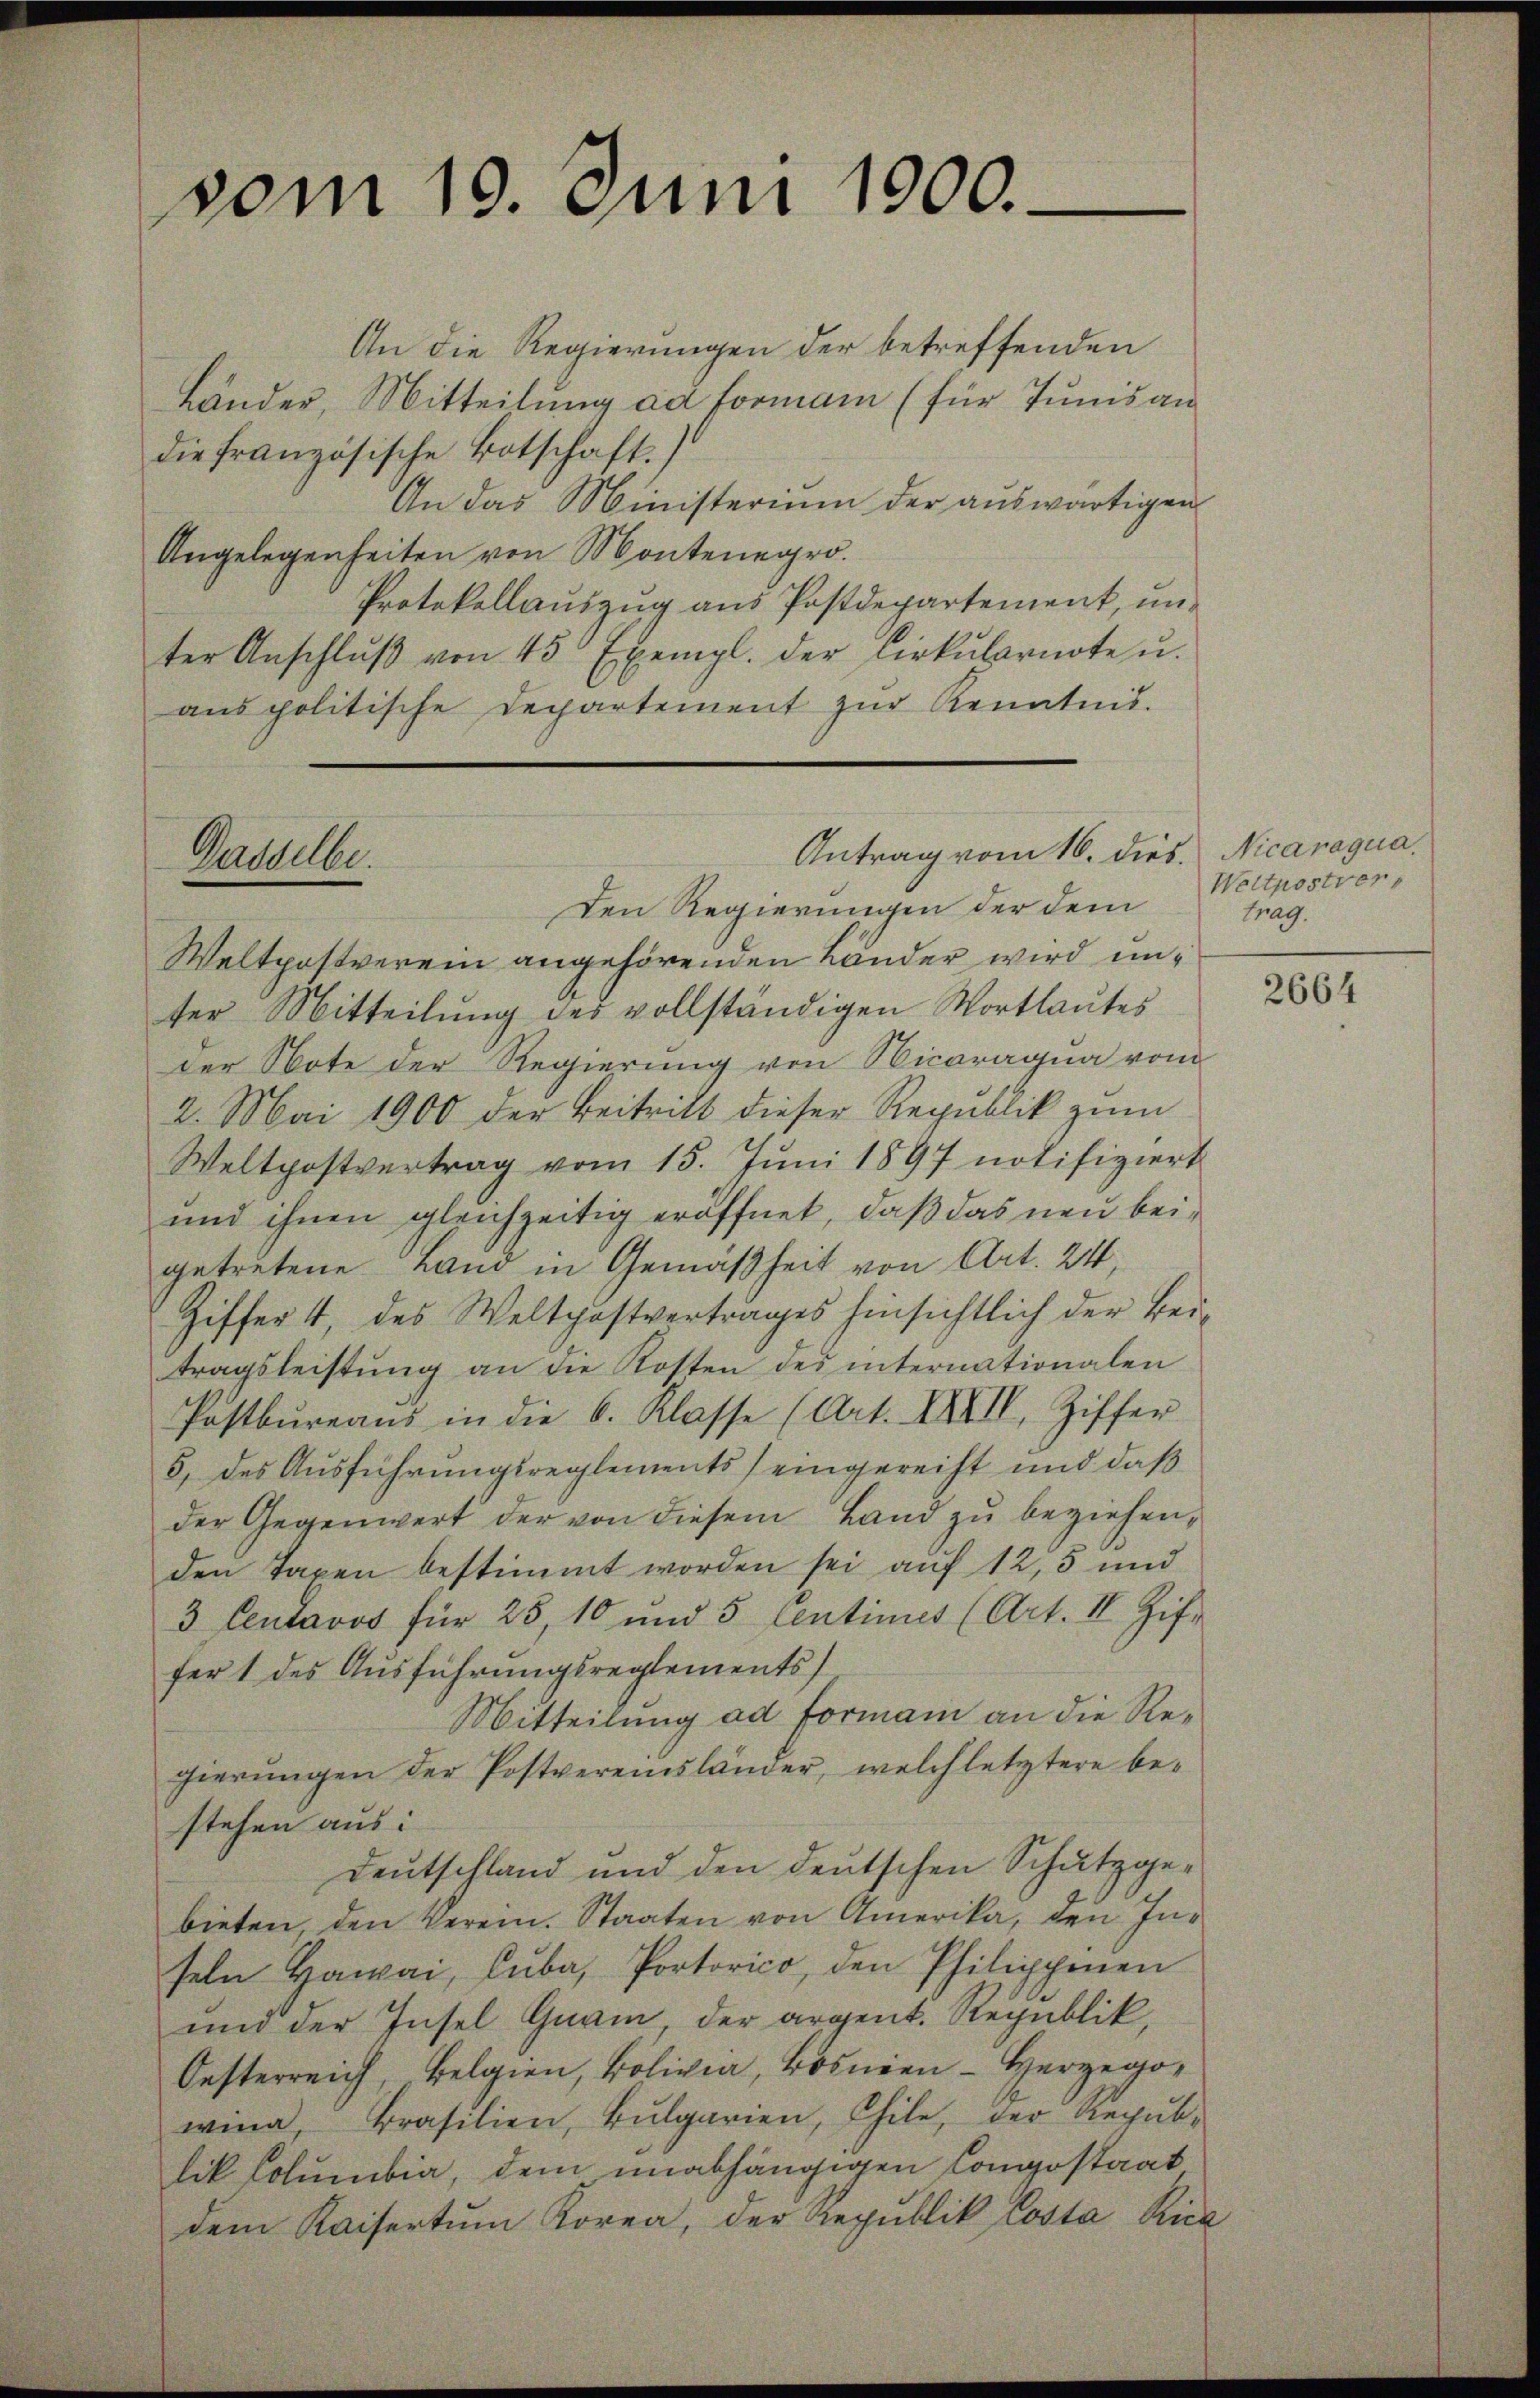
vom 10. Juni 1900.

Dasselbe.

An die Regierungen der betreffenden
Länder, Mitteilung ad Formann (für Tunis an
die französische Botschaft.)
An das Ministerium der auswärtigen
Angelegenheiten von Montenegro.
Protokollauszug aus Postdepartement, unter Anschlŭβ von 45 Exempl. der Cirkŭlarnote u.
ans politische Departement zŭr Kenntnis.

Antrag vom 16. dies. Nicaragua.

Den Regierungen der dem
Weltpostverein angehörenden Länder wird unter Mitteilung des vollständigen Wortlautes
der Note der Regierung von Vicaraqua vom
2. Mai 1900 der Beitritt dieser Republik zum
Weltpostvertrag vom 15. Juni 1897 notifiziert
und ihnen gleichzeitig eröffnet, daß das neu beigetretene Land in Gemäßheit von Art. 24,
Hiffer 4, des Weltpostvertrages hinsichtlich der Bei-
tragsleistŭng an die Kosten des internationalen
Postbureaus in die 6. Klasse (Art. XXVII. Ziffer
5, des Ausführungsreglements eingereiht und daß
der Gegenwert der von diesem Land zu beziehen,
den Taxen bestimmt worden sei auf 12, 5 und
3 Centavos für 25, 10 und 5 Centimes (Art. II Zif.
fer 1 des Ausführungsreglements
Mitteilung ad Formani an die Regierungen der Postvereinsländer, welch letztere be-
stehen aus:
Deutschland und den deutschen Schutzgebieten, den Verein. Staaten von Amerika, den Inseln Hawai, Cuba, Portorico, den Philippenen
und der Insel Quain der argent. Republik
Oesterreich, Belgien, Bolivia, Bosnien - Herzegowina, Brasilien, Bulgarien, Chile, der Republik Columbia, dem unabhängigen Compostaat
dem Kaisertum Korea, der Republik Costa Rica

Weltpostver
trag.

2664